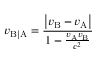
v _ { \mathrm { B | A } } = { \frac { \left| v _ { \mathrm { B } } - v _ { \mathrm { A } } \right| } { 1 - { \frac { v _ { \mathrm { A } } v _ { \mathrm { B } } } { c ^ { 2 } } } } }